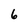
Character: 6